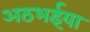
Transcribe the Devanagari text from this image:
अठभईया